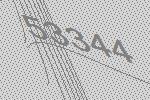
53344